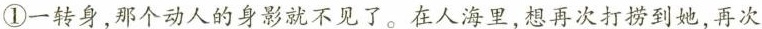
①一转身，那个动人的身影就不见了。在人海里，想再次打捞到她，再次